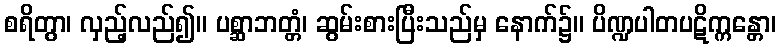
စရိတွာ၊ လှည့်လည်၍။ ပစ္ဆာဘတ္တံ၊ ဆွမ်းစားပြီးသည်မှ နောက်၌။ ပိဏ္ဍပါတပဋိက္ကန္တော၊